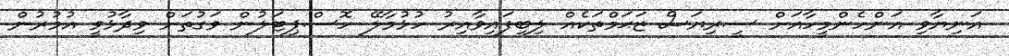
އަނިޔާވި އަންހެންމީހާއަށް ސީރިޔަސް ޒަޙަމްތަކެއް ލިބިފައިވާއިރު ހުޅުމާލޭ ހޮސްޕިޓަލުން ވަގުތަށް ވިދާޅުވީ އުމުރުން